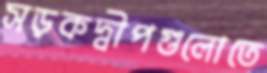
সড়কদ্বীপগুলোতে